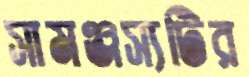
সামঞ্জস্যটির